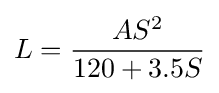
L={\frac {AS^{2}}{120+3.5S}}